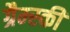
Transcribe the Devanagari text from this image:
ग्रैम्स्की